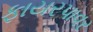
ફાયરપાવર